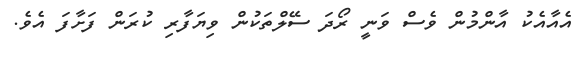
އެއާއެކު އާންމުން ވެސް ވަނީ ރޯދަ ސޭލްތަކުން ވިޔަފާރި ކުރަން ފަށާފަ އެވެ.